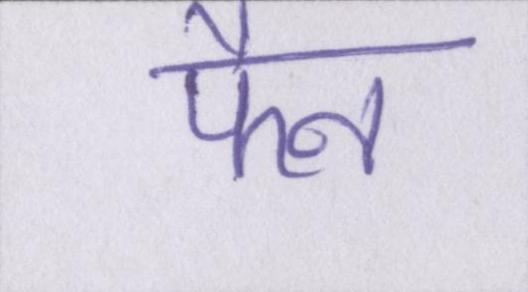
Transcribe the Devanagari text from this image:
फैन